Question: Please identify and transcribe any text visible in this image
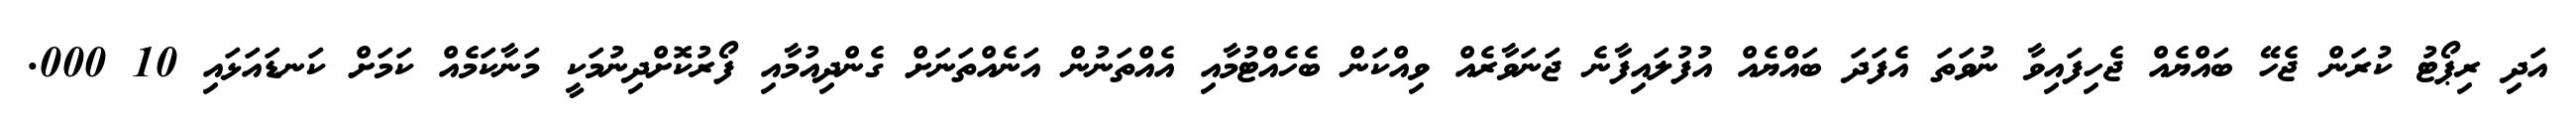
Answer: އަދި ރިޕޯޓު ކުރަން ޖެހޭ ބައްޔެއް ޖެހިފައިވާ ނުވަތަ އެފަދަ ބައްޔެއް އުފުލައިފާނެ ޖަނަވާރެއް ވިއްކަން ބެހެއްޓުމާއި އެއްތަނުން އަނެއްތަނަށް ގެންދިއުމާއި ފޯރުކޮށްދިނުމަކީ މަނާކަމެއް ކަމަށް ކަނޑައަޅައި 10 000.